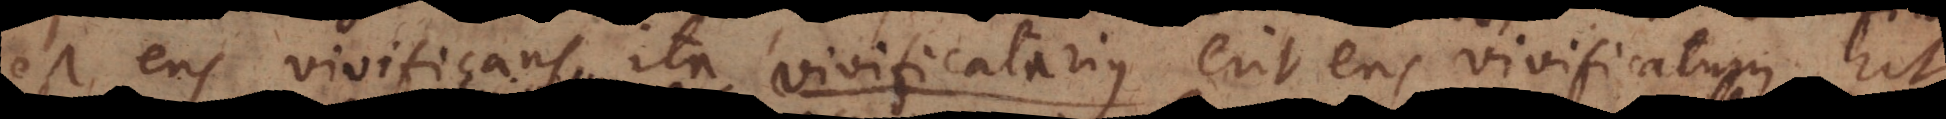
est Ens vivificans ita vivificatarius erit Ens vivificatum, ut